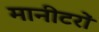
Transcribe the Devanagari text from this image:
मानीटरों